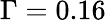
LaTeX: \Gamma=0.16